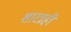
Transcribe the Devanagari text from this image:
शास्त्रही